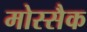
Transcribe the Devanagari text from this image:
मोस्सैक